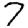
Digit: 7